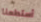
أستطعنا